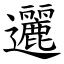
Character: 邐